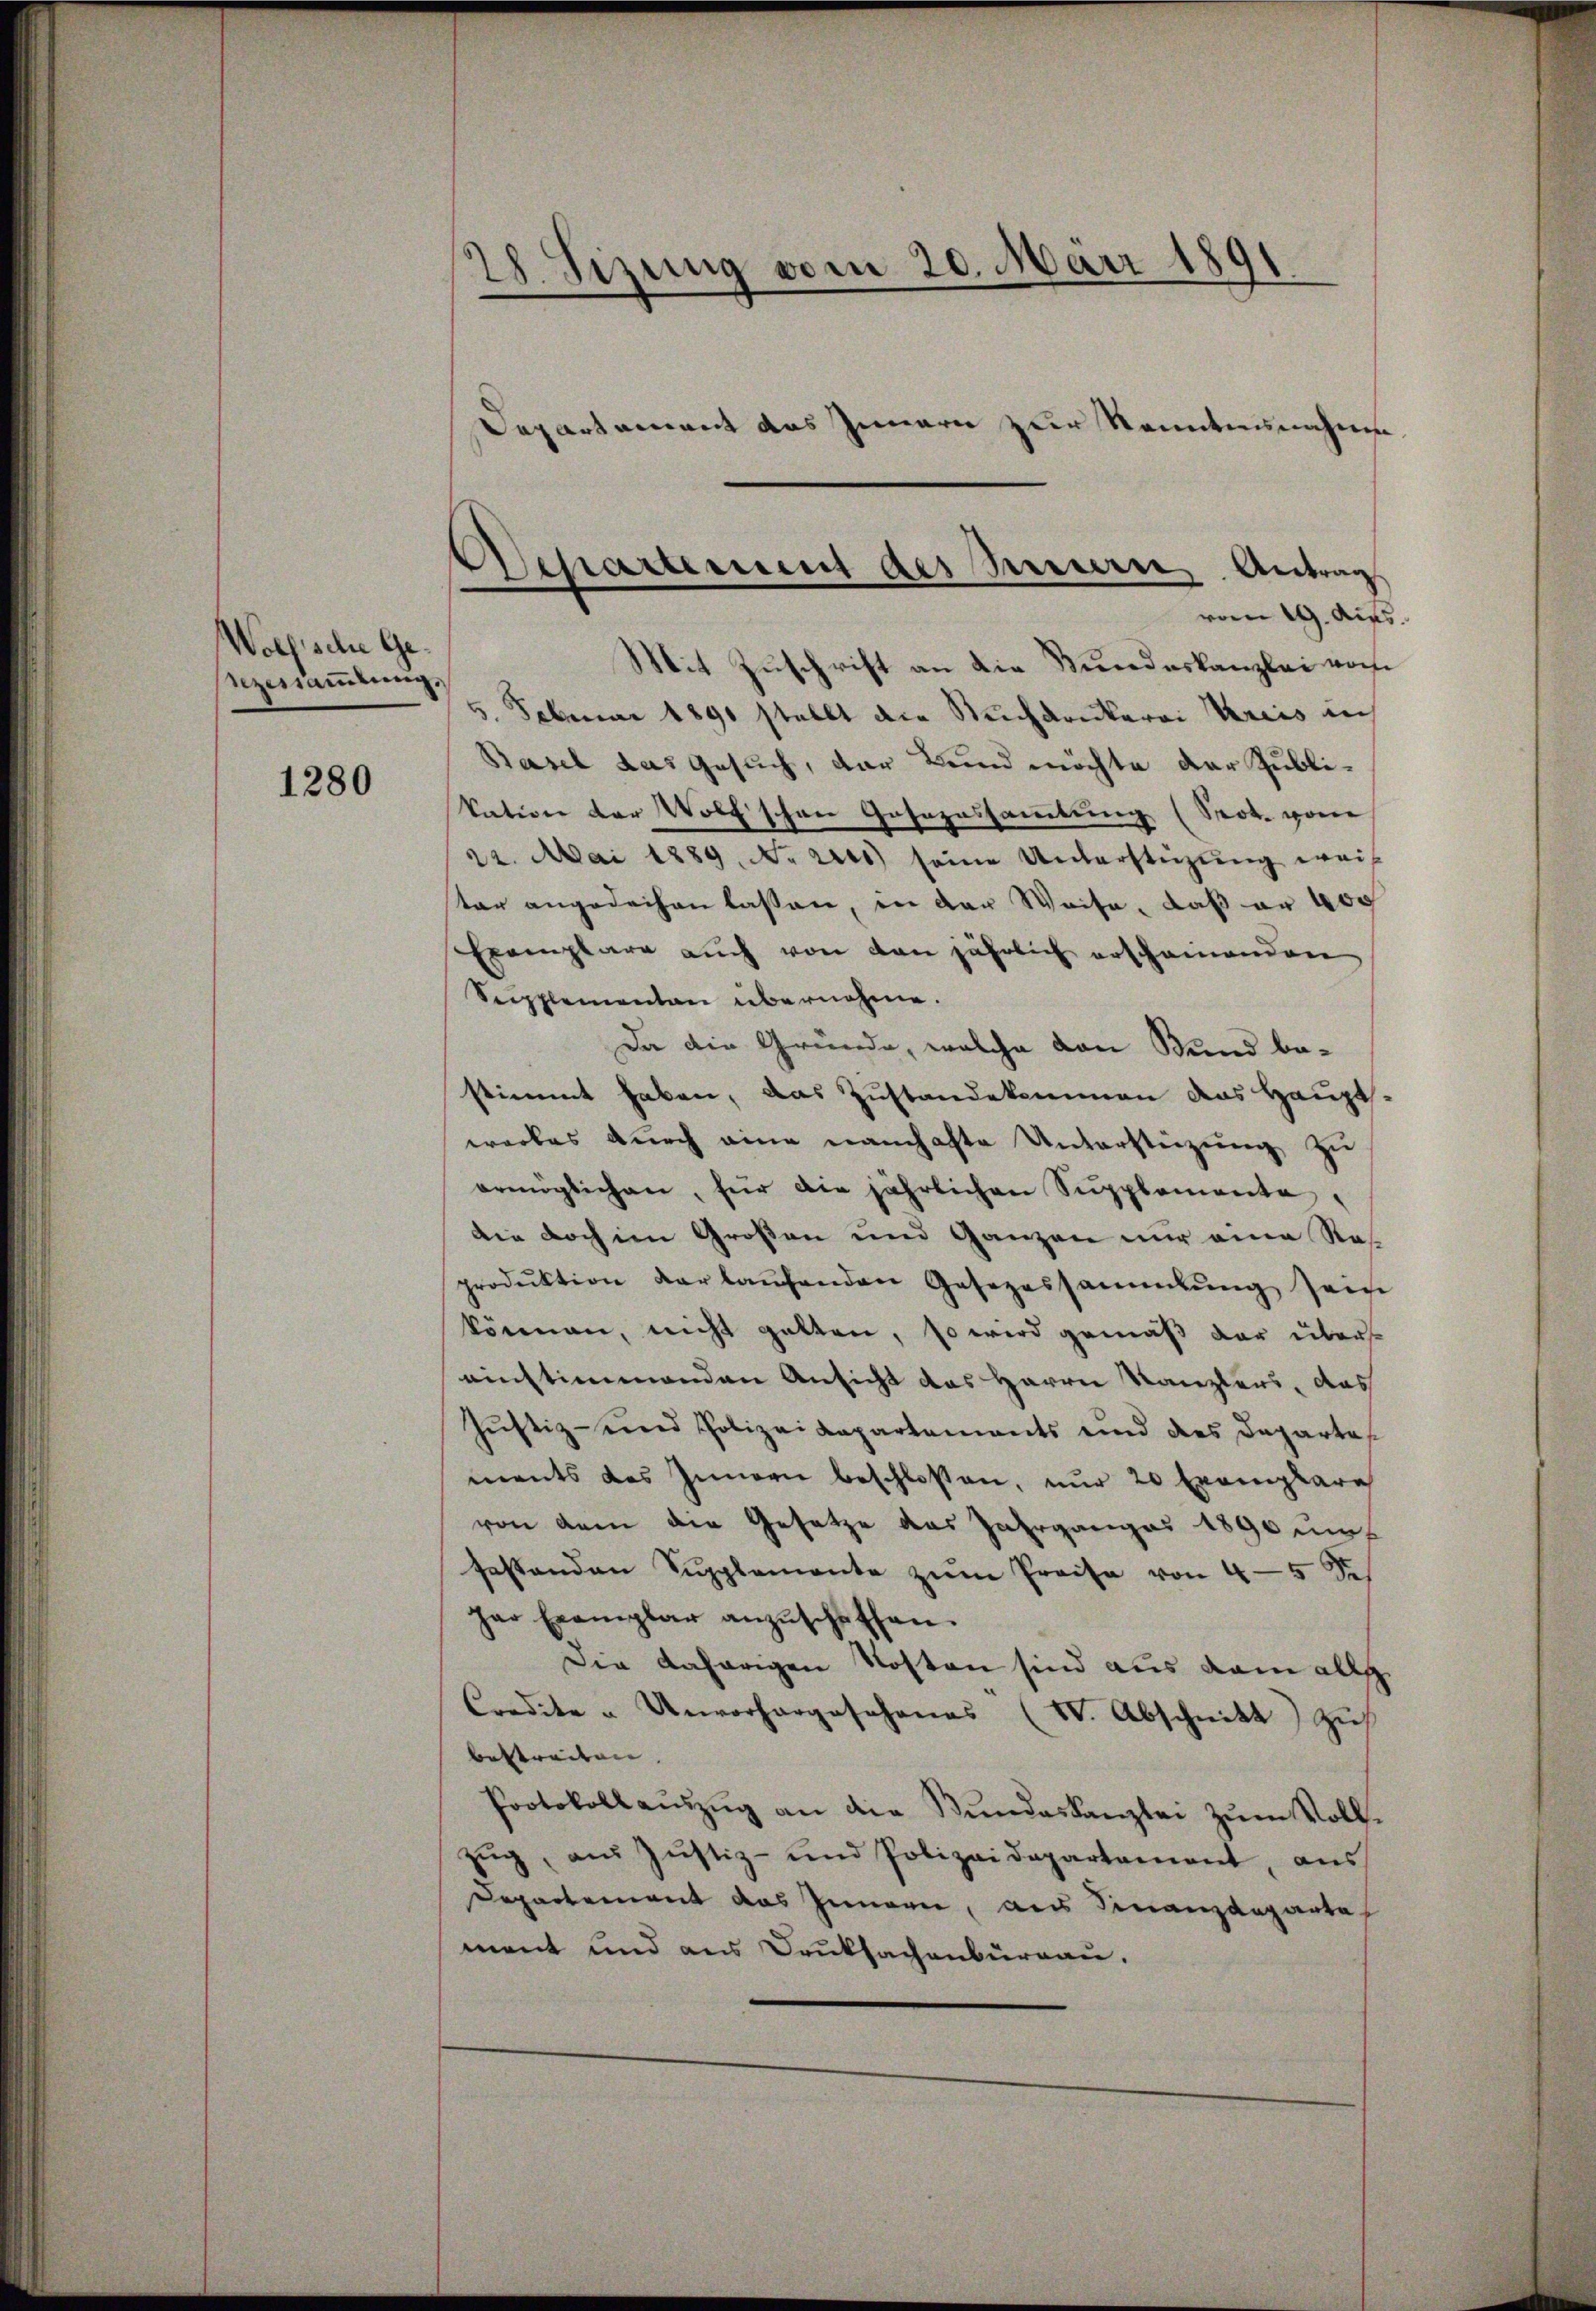
Wolfische Gesezessammlung.

1280

28. Sizung vom 20. März 1891
¬
Departement das Innern zur Kenntnisnahme.

Mit Zuschrift an die Bundeskanzlei vom
5. Februar 1890 stellt die Suchdrukerei Kreis in
Basel das Gesuch, der Bund möchte der Zublikation der Wolf schon Gosozessammlung (Srok. von
22. Mai 1889. No. 2100) seine Unterstüzung weis
tar angedeihen lassen, in der Weise, daß er 400
Exemplare auch von von jährlich erscheinenden
Supplementen übernehme.
Da die Gründe, welche von Bund bestimmt haben, das Zustandekommen das Haupts-
werbes durch eine namhafte Unterstüzung zu
ermöglichen, für die jährlichen Supplemente,
die doch im Großen und Ganzen nur eine Reproduktion der laŭfenden Gesezessammlung sein
können, nicht gelten, so wird gemäß der übers
einstimmenden Ansicht des Herrn Kanzlers, das
Justiz- und Polizeidepartements und des Departes
ments des Innern beschlossen, nur 20 Exemplare
von dem die Gesetze das Jahrganges 1890 un
sestenden Supplemente zŭm Preise von 4-5 de
har Exemplar anzŭschaffen.
Die daherigen Kosten sind aus dem alle
Condite u. Unvorhergeschenes (VV. Abschnitt zus
bestreiten. |
Protokoll aŭszŭg an die Stŭndeskanzlei zŭm Voll-
zŭg, aus Justiz- und Polizeidepartament, aus
Departement das Innern, aus Finanzdeparta
ment und aus Druksachenburgau.

Departerum des Peuern, Antrag
vom 19. Aus